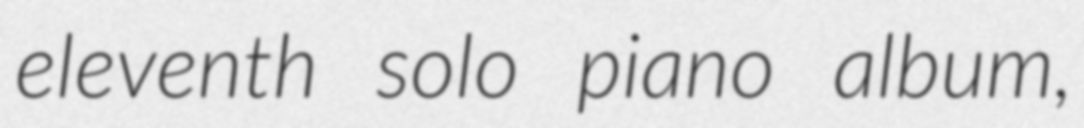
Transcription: eleventh solo piano album,